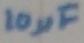
Text: 10µF